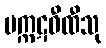
မက္ကဋဝီထီသု